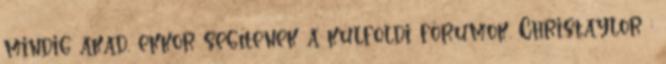
mindig akad, ekkor segítenek a külföldi fórumok. Christaylor :